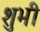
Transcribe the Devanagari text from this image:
शुभी